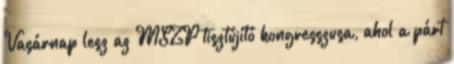
Vasárnap lesz az MSZP tisztújító kongresszusa, ahol a párt